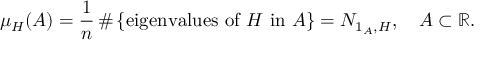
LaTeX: \mu _ { H } ( A ) = { \frac { 1 } { n } } \, \# \left\{ { \mathrm { e i g e n v a l u e s ~ o f ~ } } H { \mathrm { ~ i n ~ } } A \right\} = N _ { 1 _ { A } , H } , \quad A \subset \mathbb { R } .